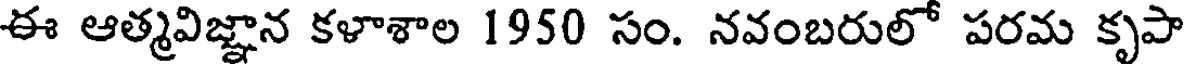
ఈ ఆత్మవిజ్ఞాన కళాశాల 1950 సం. నవంబరులో పరమ కృపా